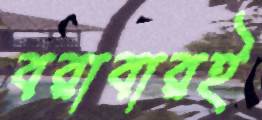
বরাবারই